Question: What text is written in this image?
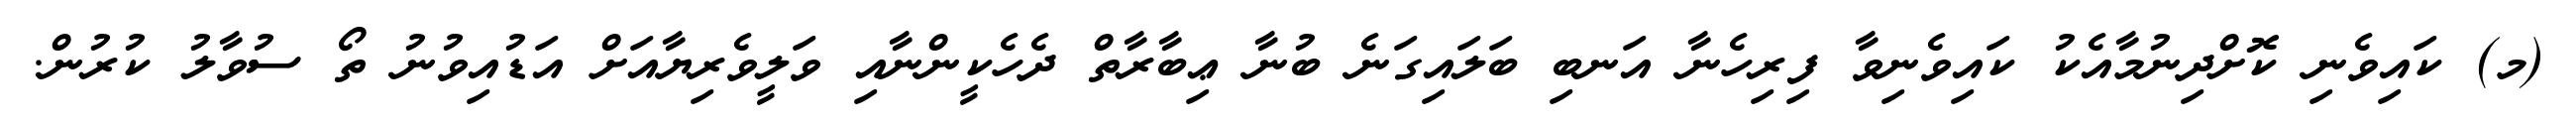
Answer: (މ) ކައިވެނި ކޮށްދިނުމާއެކު ކައިވެނިވާ ފިރިހެނާ އަނބި ބަލައިގަނެ ބުނާ ޢިބާރާތް ދެހެކީންނާއި ވަލީވެރިޔާއަށް އަޑުއިވުނު ތޯ ސުވާލު ކުރުން.